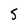
Character: S